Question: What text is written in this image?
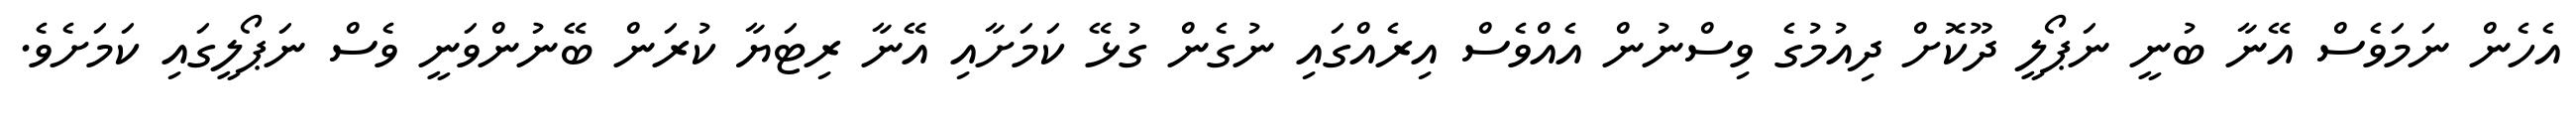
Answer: އެހެން ނަމަވެސް އޭނާ ބުނީ ނަޕޯލީ ދޫކޮށް ދިއުމުގެ ވިސްނުން އެއްވެސް އިރެއްގައި ނުގެން ގުޅޭ ކަމަށާއި އޭނާ ރިޓަޔާ ކުރަން ބޭނުންވަނީ ވެސް ނަޕޯލީގައި ކަމަށެވެ.